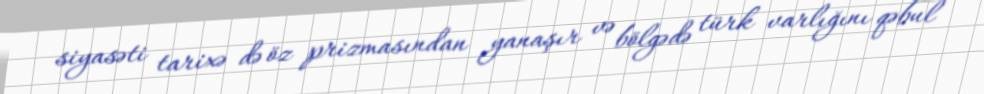
siyasəti tarixə də öz prizmasından yanaşır və bölgədə türk varlığını qəbul